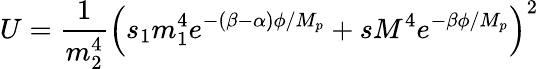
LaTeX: U=\frac{1}{m_{2}^{4}}\left(s_{1}m_{1}^{4}e^{-(\beta-\alpha)\phi/M_{p}}+sM^{4}e^{-\beta\phi/M_{p}}\right)^{2}